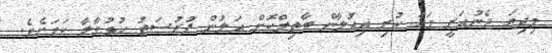
މިދިޔަ ޖެނުއަރީ މަހު ކުރި އިއުލާން ބާތިލްކޮށް އަލުން ފުރުސަތު ހުޅުވާލާ ކަަމަށެވެ.